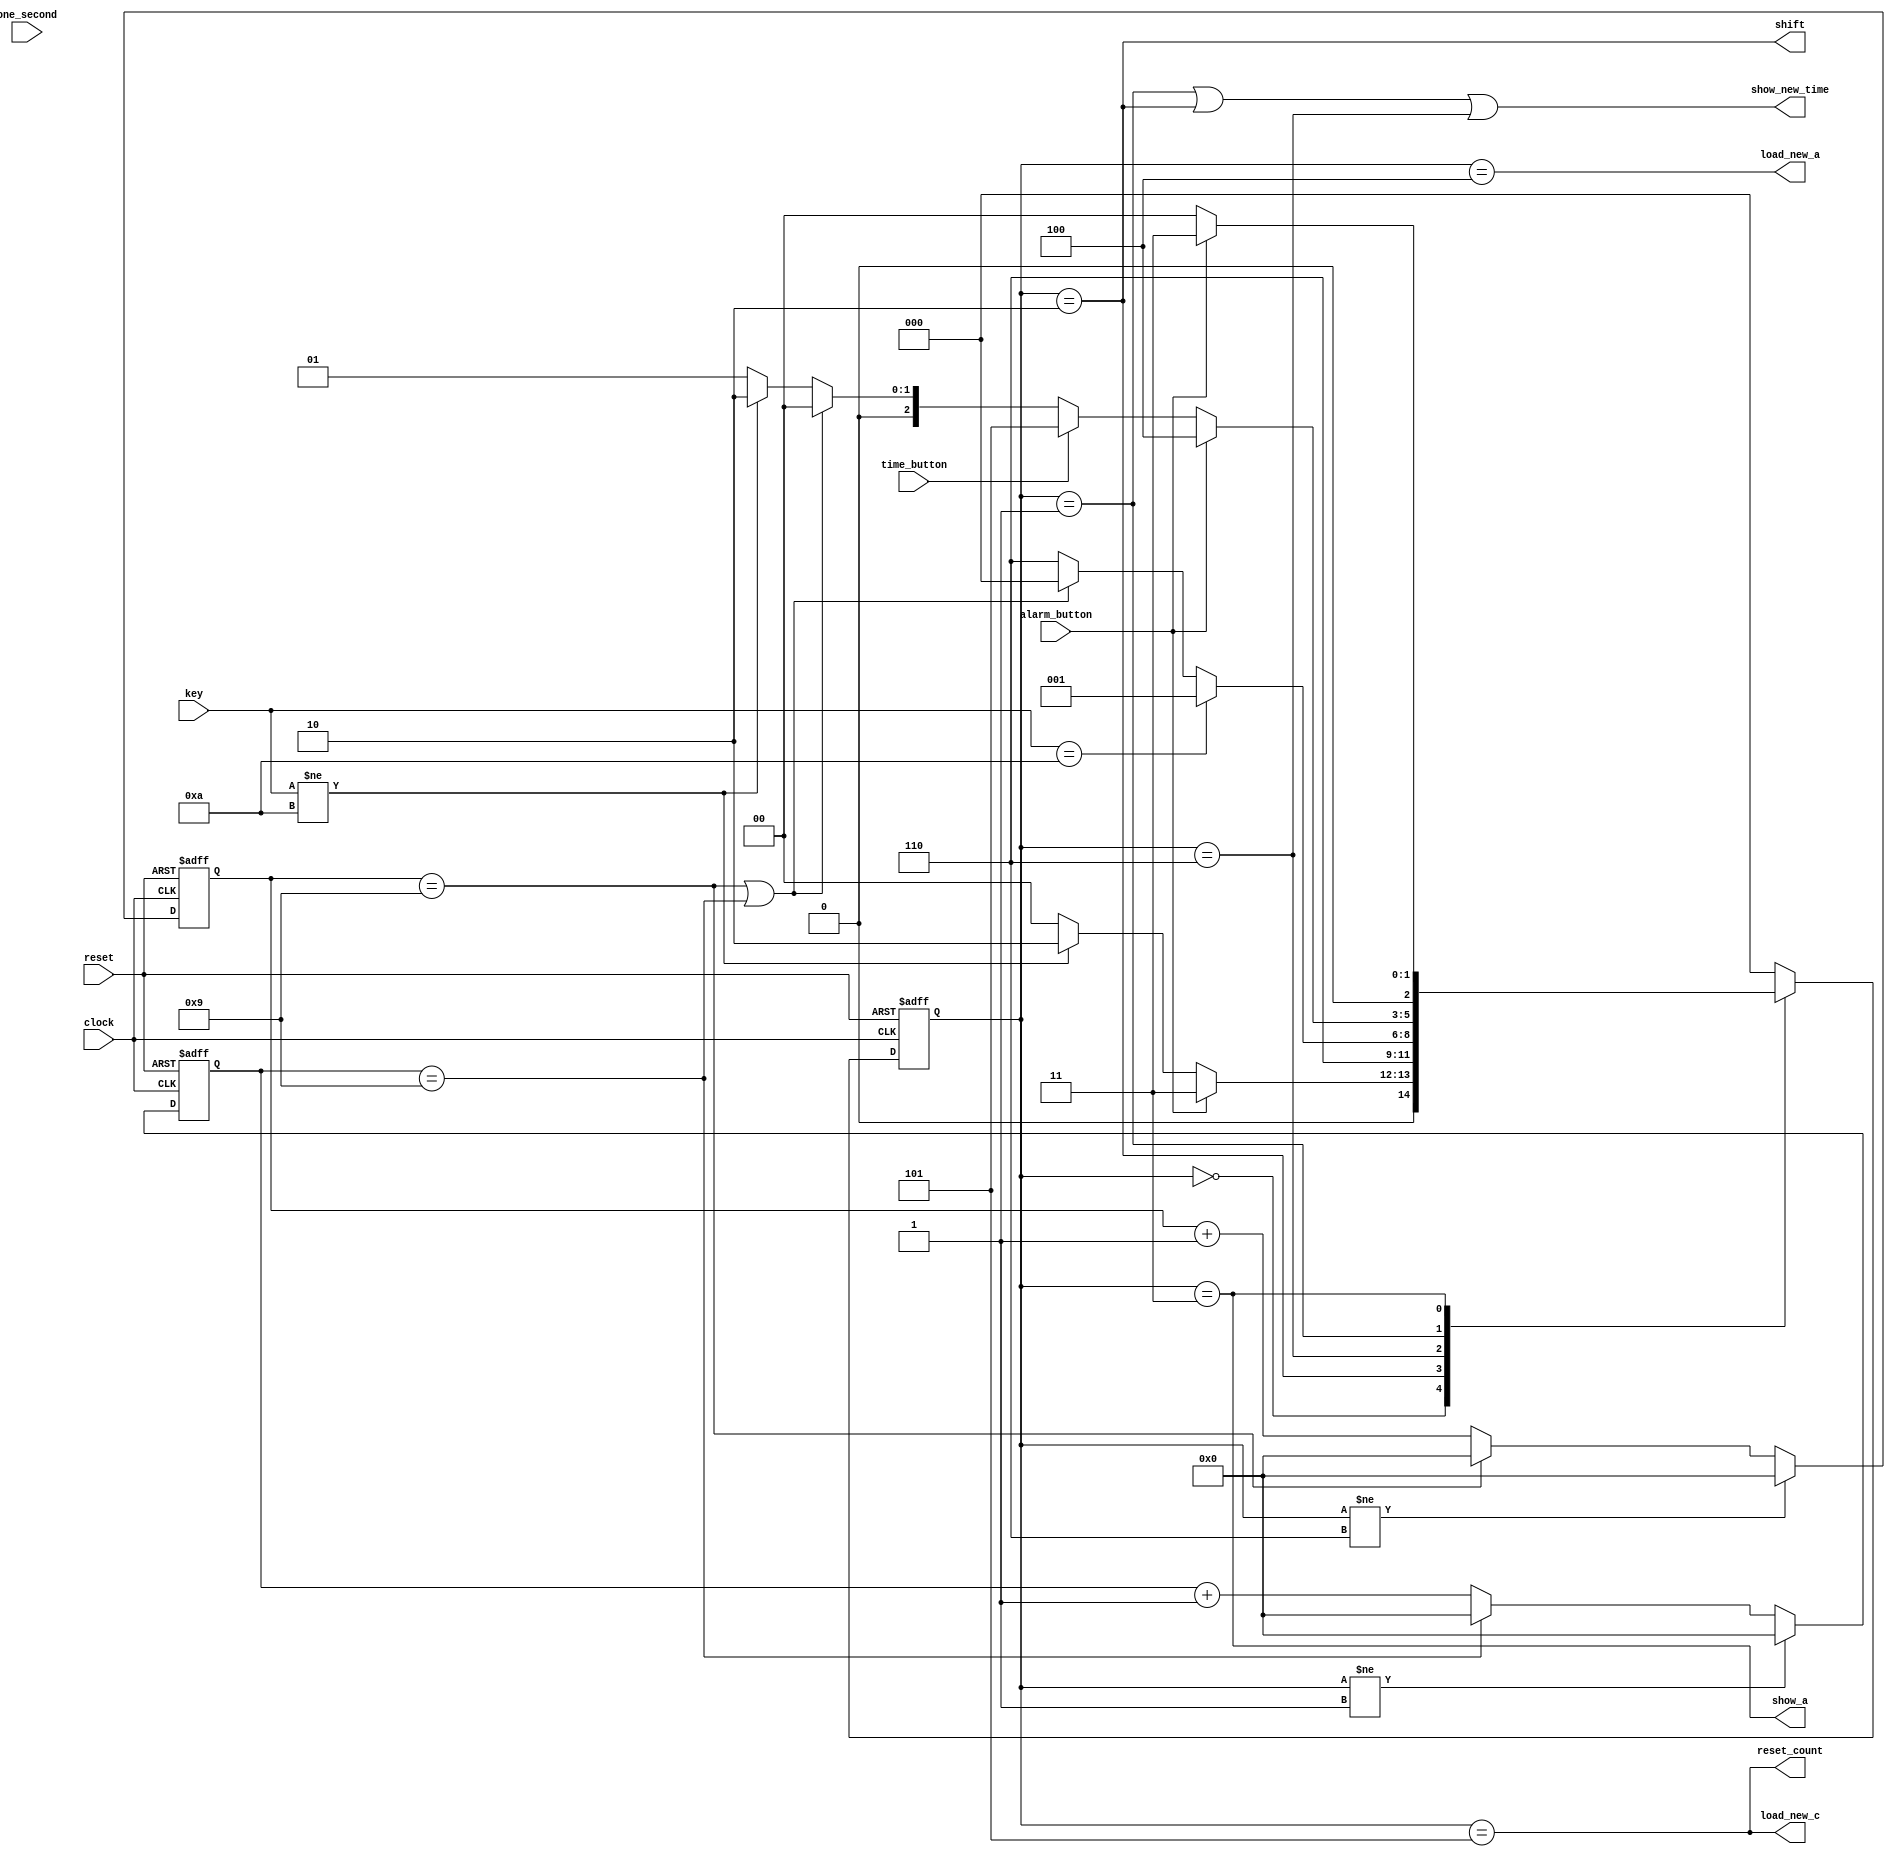
module aclk_controller(input clock, reset, one_second, alarm_button, time_button, input[3:0] key,
                       output reset_count, load_new_c, show_new_time, show_a, load_new_a, shift);
reg [2:0] pre_state,next_state;
wire time_out;
reg [3:0] count1,count2;

//states definition
parameter SHOW_TIME         = 3'b000;
parameter KEY_ENTRY         = 3'b001;
parameter KEY_STORED        = 3'b010;
parameter SHOW_ALARM        = 3'b011;
parameter SET_ALARM_TIME    = 3'b100;
parameter SET_CURRENT_TIME  = 3'b101;
parameter KEY_WAITED        = 3'b110;
parameter NOKEY             = 10;

//Counts 10 seconds pulses for KEY_ENTRY state
always @ (posedge clock or posedge reset)
begin
  // Upon reset, set the count1 value to 1'b0
if (reset) count1 <= 0;
  // Else check if present state is a state other than KEY_ENTRY, then set the count1 value to 1'b0
else if (pre_state != KEY_ENTRY) count1 <= 0;
  // Else check if the count1 value reaches 'd9, then set the count1 to 1'b0
else if (count1 == 4'd9) count1 <= 0;
  // Else increment the count for every one_second pulse
  else count1 <= count1 + 1'b1;
end

//Counts 10 seconds pulses for KEY_WAITED state
always @ (posedge clock or posedge reset)
begin
  // Upon reset, set the count2 value to 1'b0
if (reset) count2 <= 0;
  // Else check if present state is a state other than KEY_WAITED, then set the count2 value to 1'b0
else if (pre_state != KEY_WAITED) count2 <= 0;
  // Else check if the count2 value reaches 'd9, then set the count2 to 1'b0
else if (count2 == 4'd9) count2 <= 0;
  // Else increment the count for every one_second pulse
else count2 <= count2 + 1'b1;
end

//Time out logic  // Assert time_out signal whenever the count1 or count2 reaches 'd9
assign time_out = (count2 == 4'd9) || (count1 == 4'd9) ? 0 : 1;

//Present state logic 
always @ (posedge clock or posedge reset) 
begin
  // Upon reset, assign the present_state as "SHOW_TIME"
if (reset) pre_state <= SHOW_TIME;
  // ELse if there is no reset then assign the present_state as next_state
else pre_state <= next_state;
end

//Next state logic 
// Whenever there is a change in input, check for present_state and assign next_state with approriate state
always @ (pre_state or key or alarm_button or time_button or time_out)
begin
  case(pre_state)
       // State transition from SHOW_TIME to other state
       SHOW_TIME  : begin
                    // Check if alarm_button is pressed, then the next state is SHOW_ALARM
              if (alarm_button) next_state = SHOW_ALARM;
                    // Else check if the key is pressed or not, If key pressed, then next_state is KEY_STORED
              else if(key != 10) next_state = KEY_STORED;
                    // Else if the key is not pressed, then next_state is SHOW_TIME state
							else next_state = SHOW_TIME;  
                    end
       // In KEY_STORED state assign next_state as KEY_WAITED 
       KEY_STORED : 
        next_state = KEY_WAITED;
       // State transition from KEY_WAITED state
       KEY_WAITED : begin
                    // Check if the pressed key is released, If the key is released then next_state is KEY_ENTRY state
                    if(key == 10) next_state= KEY_ENTRY;
                    // Else check if active low time_out signal is asserted, If asserted, then next_state is SHOW_TIME state
                    else if(time_out == 0) next_state = SHOW_TIME;
                    // Else the next_state is KEY_WAITED state
                   else next_state = KEY_WAITED;
	           end
       // State transition from KEY_ENTRY state
       KEY_ENTRY  : begin
                    // Check if the alarm_button is pressed, if pressed then set the next_state as SET_ALARM_TIME state     
                    if(alarm_button) next_state = SET_ALARM_TIME;
                    // Else if the time_button is pressed, then set the next_state as SET_CURRENT_TIME state  
                      else if (time_button) next_state = SET_CURRENT_TIME;
                    // Else if 10sec timeout is asserted, then set the next_state as SHOW_TIME state
                     else if (time_out == 0) next_state = SHOW_TIME;
                    // Else if the key is pressed, then set the next_state as KEY_STORED state
                     else if (key != 10) next_state = KEY_STORED;
                    // Else the next_state is KEY_ENTRY state
                    else next_state = KEY_ENTRY;
                    end
      // State transition from SHOW_ALARM state
      SHOW_ALARM  : begin
                    // If alarm_button is pressed, then set next_state as SHOW_ALARM state else next_state is SHOW_TIME state
                      	if (alarm_button) next_state = SHOW_ALARM;
                        else next_state = SHOW_TIME;  
                    end
   // In SET_ALARM_TIME state assign next_state as SHOW_TIME
   SET_ALARM_TIME : next_state = SHOW_TIME;
   // In SET_ALARM_TIME state assign next_state as SHOW_TIME
   SET_CURRENT_TIME : next_state = SHOW_TIME;
   // Set default state as SHOW_TIME state
          default : next_state = SHOW_TIME;

  endcase
end
       
//Moore FSM outputs 

// Assert show_new_time signal, when present state is either KEY_ENTRY or KEY_STORED or KEY_WAITED state       
assign show_new_time = (pre_state == KEY_ENTRY) | (pre_state == KEY_STORED) | (pre_state == KEY_WAITED);
// Assert show_a signal when present state is SHOW_ALARM
assign show_a = (pre_state == SHOW_ALARM);
// Assert load_new_a signal when present state is SET_ALARM_TIME state
assign load_new_a = (pre_state == SET_ALARM_TIME);
// Assert load_new_c signal when present state is SET_CURRENT_TIME state
assign load_new_c = (pre_state == SET_CURRENT_TIME);
// Assert reset_count signal when present state is SET_CURRENT_TIME state
assign reset_count = (pre_state == SET_CURRENT_TIME);
// Assert shift signal when present state is KEY_STORED state
assign shift = (pre_state == KEY_STORED);                                                     

endmodule